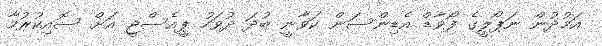
އަމުދުން ނަޕޯލީގެ ފޯވާޑް އެޑިންސަން ކަވާނީ ބުދަ ދުވަހު ޕީއެސްޖީ އަށް ސޮއިކުރުމާ